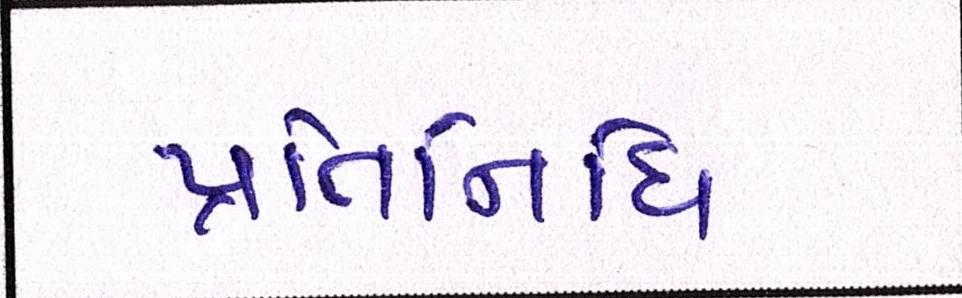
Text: પ્રતિનિધિ